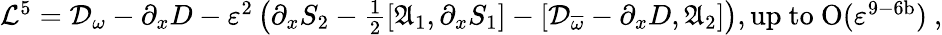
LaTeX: \begin{array}{r}{\mathcal{L}^{5}=\mathcal{D}_{\omega}-\partial_{x}D-\varepsilon^{2}\left(\partial_{x}S_{2}-\frac{1}{2}[\mathfrak{A}_{1},\partial_{x}S_{1}]-[\mathcal{D}_{\overline{{\omega}}}-\partial_{x}D,\mathfrak{A}_{2}]\right),\mathrm{up~to~O(\varepsilon^{9-6b})~,}}\end{array}